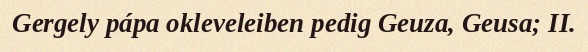
Gergely pápa okleveleiben pedig Geuza, Geusa; II.